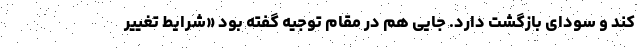
کند و سودای بازگشت دارد. جایی هم در مقام توجیه گفته بود «شرایط تغییر